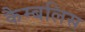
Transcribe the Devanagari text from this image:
कैम्बलिस